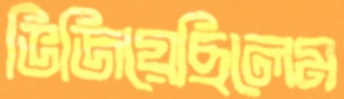
ভিজিয়েছিলেম